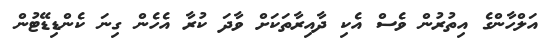
އަލްހާންގެ އިތުރުން ވެސް އެކި ދާއިރާތަކަށް ވާދަ ކުރާ އެހެން ގިނަ ކެންޑިޑޭޓުން